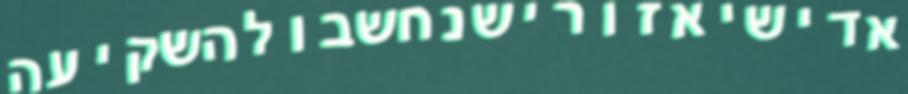
אדישיאזורישנחשבולהשקיעה